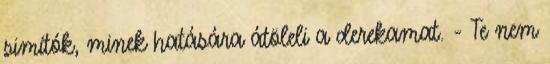
simítók, minek hatására átöleli a derekamat. - Te nem